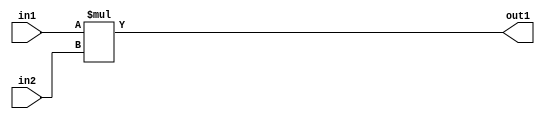
`timescale 1ps / 1ps
/*****************************************************************************
    Verilog RTL Description
    
    
    Created by: Stratus DpOpt 2019.1.01 
*******************************************************************************/

module SobelFilter_Mul_2Ux2U_4U_4 (
	in2,
	in1,
	out1
	); /* architecture "behavioural" */ 
input [1:0] in2,
	in1;
output [3:0] out1;
wire [3:0] asc001;

assign asc001 = 
	+(in1 * in2);

assign out1 = asc001;
endmodule

/* CADENCE  urnxSgg= : u9/ySgnWtBlWxVPRXgAZ4Og= ** DO NOT EDIT THIS LINE ******/